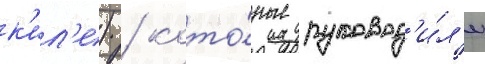
к'ил'е) / кото́рые руковод'и́л'и